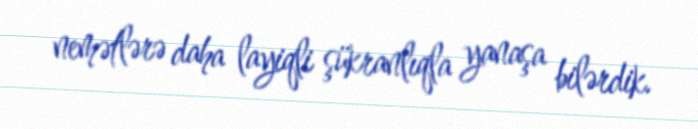
nemətlərə daha layiqli şükranlıqla yanaşa bilərdik.